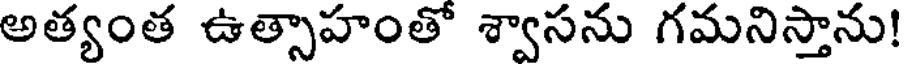
అత్యంత ఉత్సాహంతో శ్వాసను గమనిస్తాను!